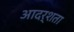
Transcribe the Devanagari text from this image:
आदर्शता